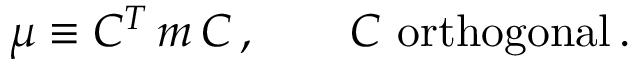
\mu \equiv C ^ { T } \, m \, C \, , \qquad C \ \mathrm { o r t h o g o n a l } \, .